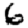
Digit: 6